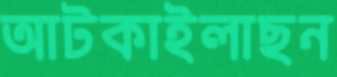
আটকাইলাছন